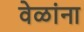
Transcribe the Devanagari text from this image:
वेळांना